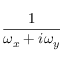
\frac { 1 } { \omega _ { x } + i \omega _ { y } }